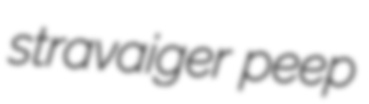
stravaiger peep